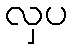
လှပ